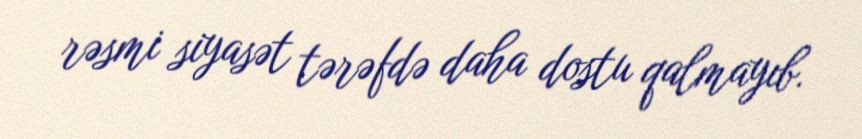
rəsmi siyasət tərəfdə daha dostu qalmayıb.